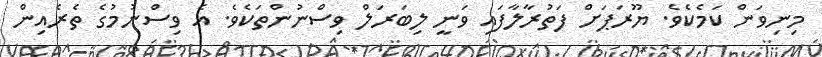
މިނިވަން ކަމެކެވެ. ޔޫރަޕަށް ފަތުރާލާފައި ވަނީ ލިބަރަލް ވިސްނުންތަކެވެ. އެ ވިސްނުމުގެ ތެރެއިން